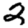
Digit: 2